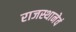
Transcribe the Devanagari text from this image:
राजस्थानेवं